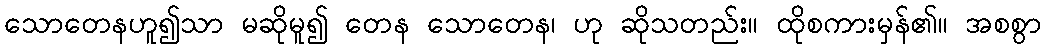
သောတေနဟူ၍သာ မဆိုမူ၍ တေန သောတေန၊ ဟု ဆိုသတည်း။ ထိုစကားမှန်၏။ အစစွာ